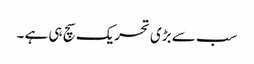
سب سے بڑی تحریک سچ ہی ہے ۔